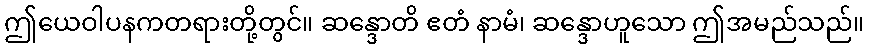
ဤယေဝါပနကတရားတို့တွင်။ ဆန္ဒောတိ ဧတံ နာမံ၊ ဆန္ဒောဟူသော ဤအမည်သည်။